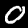
Label: 0